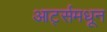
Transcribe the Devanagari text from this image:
आर्ट्समधून